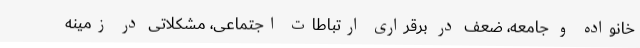
خانواده و جامعه، ضعف در برقراری ارتباطات اجتماعی، مشکلاتی در زمینه